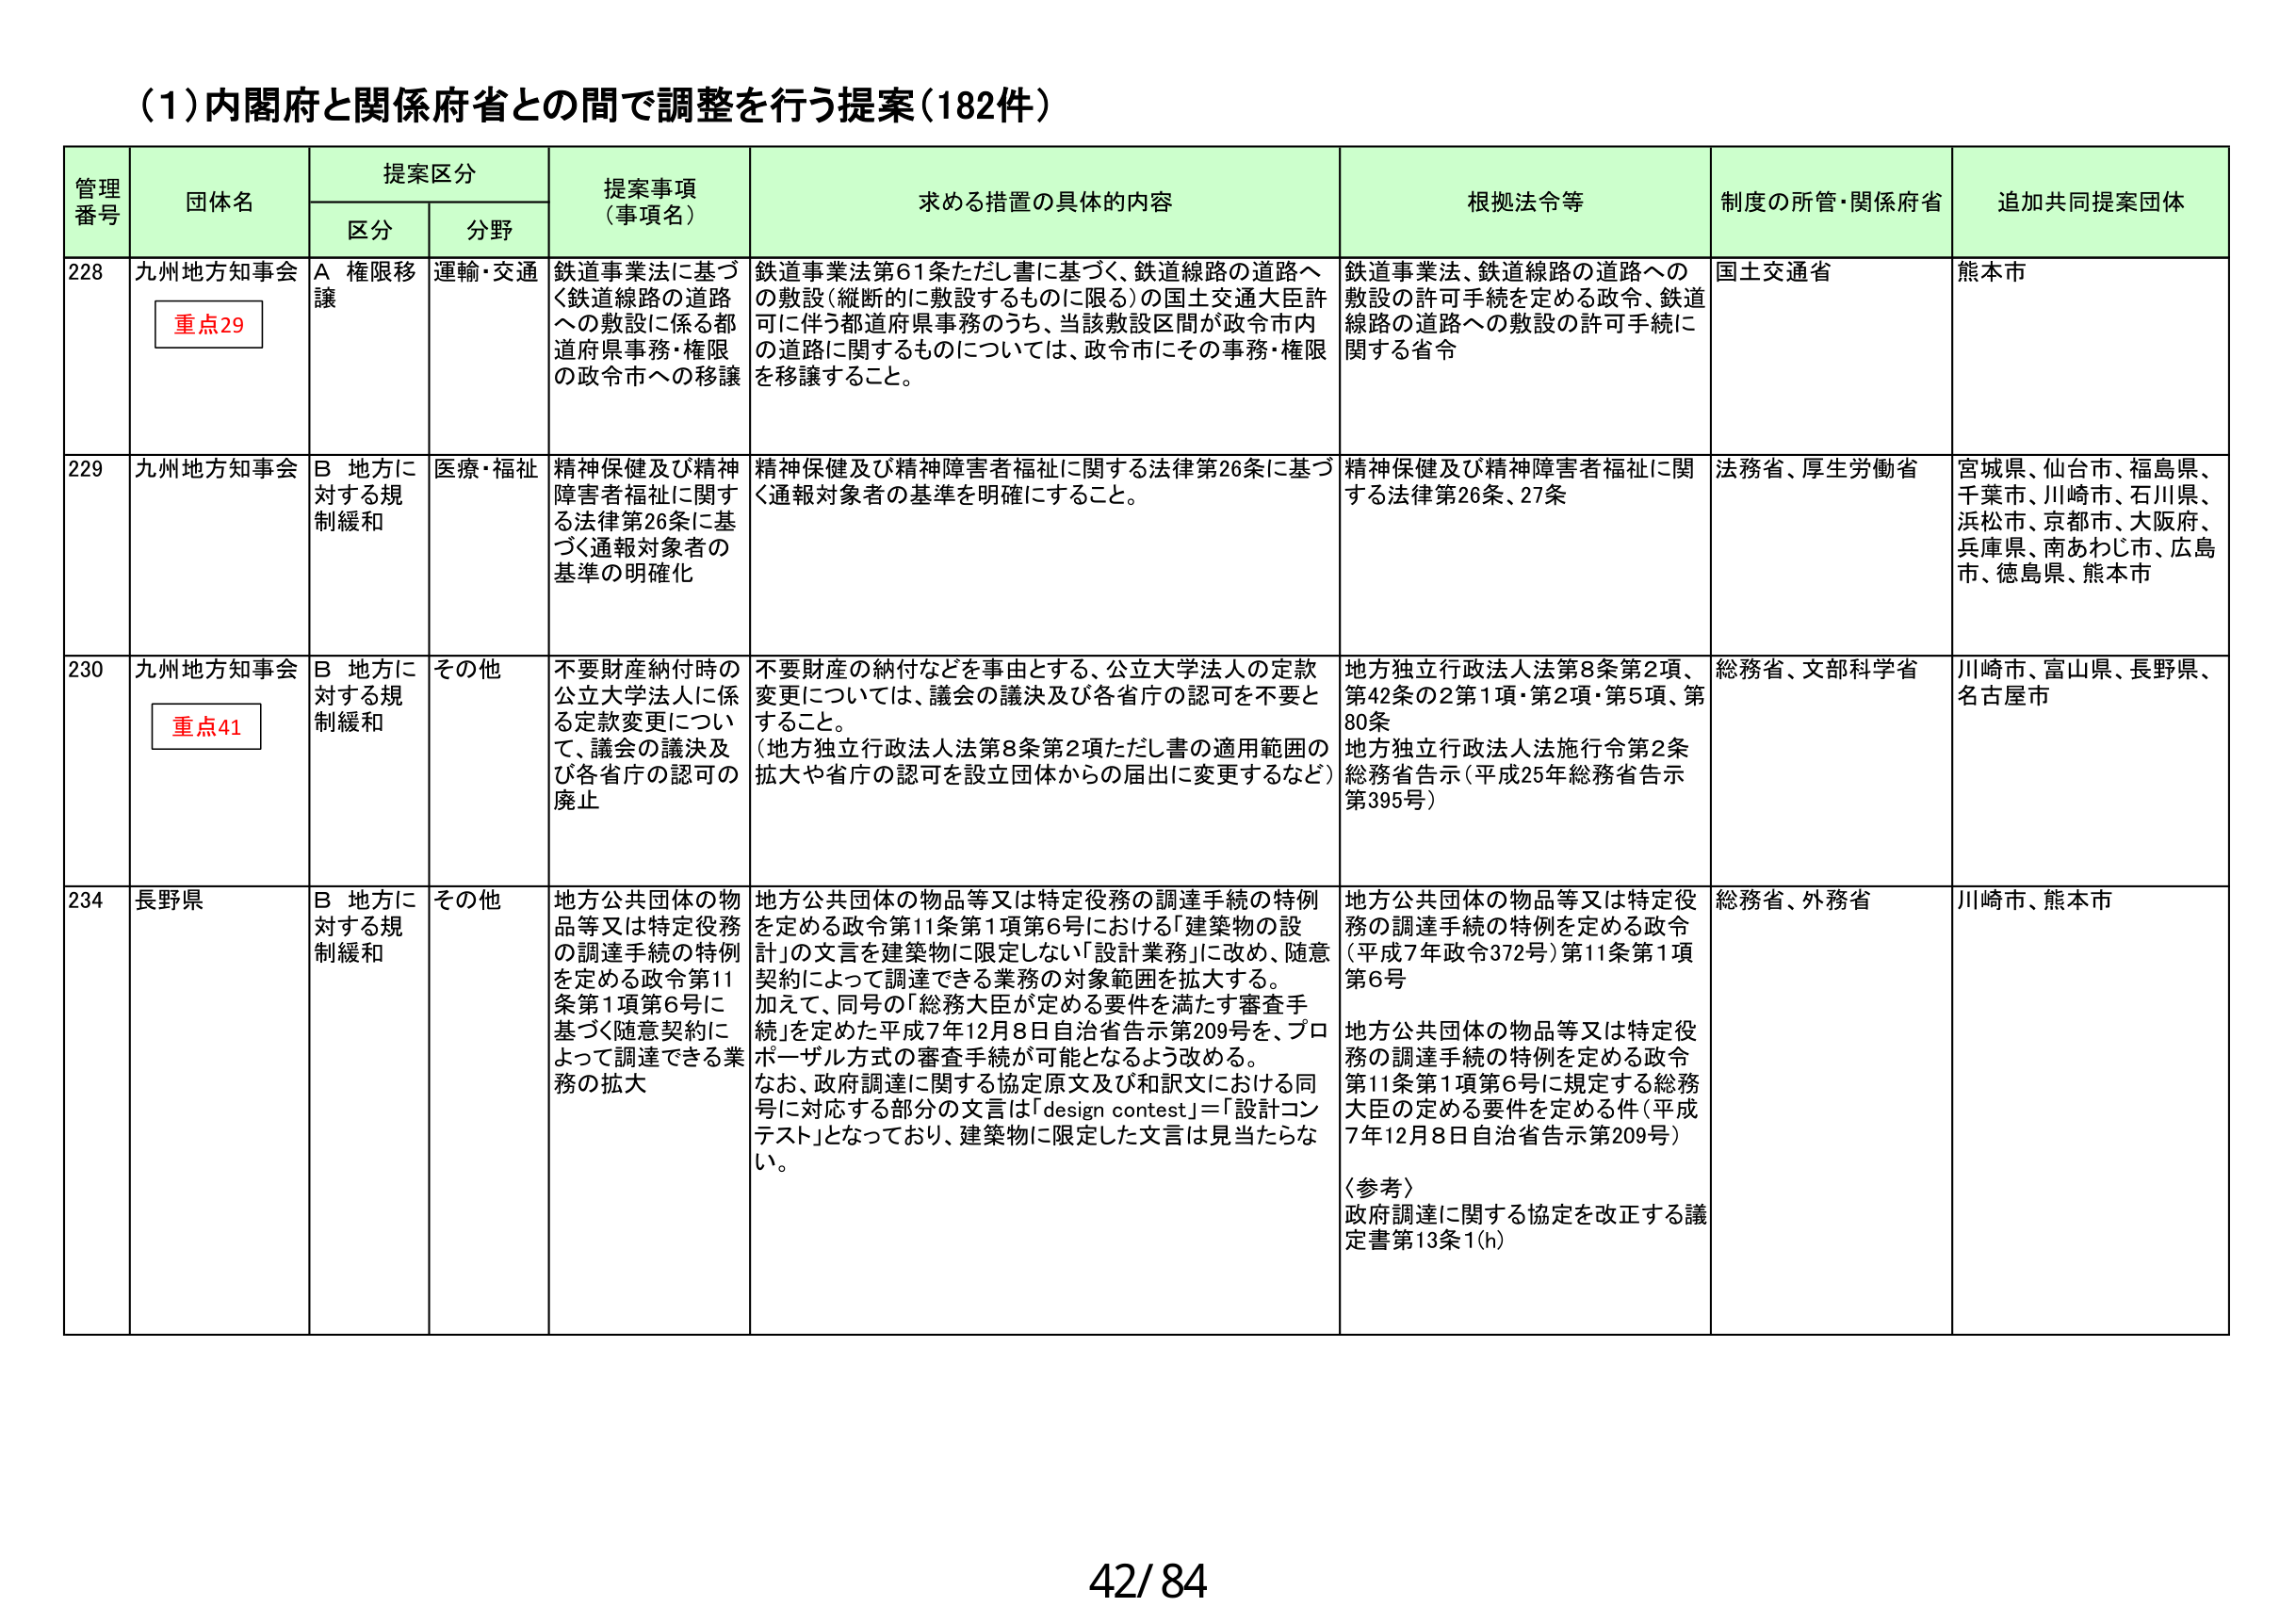
(1)内閣府と関係府省との間で調整を行う提案(182件)

管理番号 団体名 提案区分 提案事項（事項名） 求める措置の具体的内容 根拠法令等 制度の所管・関係府省 追加共同提案団体
区分 分野

228 九州地方知事会 重点29 A 権限移譲 運輸・交通 鉄道事業法に基づく鉄道線路の道路への敷設に係る都道府県事務・権限の政令市への移譲 鉄道事業法第61条ただし書に基づく、鉄道線路の道路への敷設（縦断的に敷設するものに限る）の国土交通大臣許可に伴う都道府県事務のうち、当該敷設区間が政令市内の道路に関するものについては、政令市にその事務・権限を移譲すること。 鉄道事業法、鉄道線路の道路への敷設の許可手続を定める政令、鉄道線路の道路への敷設の許可手続に関する省令 国土交通省 熊本市

229 九州地方知事会 B 地方に対する規制緩和 医療・福祉 精神保健及び精神障害者福祉に関する法律第26条に基づく通報対象者の基準の明確化 精神保健及び精神障害者福祉に関する法律第26条に基づく通報対象者の基準を明確にすること。 精神保健及び精神障害者福祉に関する法律第26条、27条 法務省、厚生労働省 宮城県、仙台市、福島県、千葉市、川崎市、石川県、浜松市、京都市、大阪府、兵庫県、南あわじ市、広島市、徳島県、熊本市

230 九州地方知事会 重点41 B 地方に対する規制緩和 その他 不要財産納付時の公立大学法人に係る定款変更について、議会の議決及び各省庁の認可の廃止 不要財産の納付などを事由とする、公立大学法人の定款変更については、議会の議決及び各省庁の認可を不要とすること。（地方独立行政法人法第8条第2項ただし書の適用範囲の拡大や省庁の認可を設立団体からの届出に変更するなど） 地方独立行政法人法第8条第2項、第42条の2第1項・第2項・第5項、第80条 地方独立行政法人法施行令第2条 総務省告示（平成25年総務省告示第395号） 総務省、文部科学省 川崎市、富山県、長野県、名古屋市

234 長野県 B 地方に対する規制緩和 その他 地方公共団体の物品等又は特定役務の調達手続の特例を定める政令第11条第1項第6号に基づく随意契約によって調達できる業務の拡大 地方公共団体の物品等又は特定役務の調達手続の特例を定める政令第11条第1項第6号における「建築物の設計」の文言を建築物に限定しない「設計業務」に改め、随意契約によって調達できる業務の対象範囲を拡大する。加えて、同号の「総務大臣が定める要件を満たす審査手続」を定めた平成7年12月8日自治省告示第209号を、プロポーザル方式の審査手続が可能となるよう改める。なお、政府調達に関する協定原文及び和訳文における同号に対応する部分の文言は「design contest」＝「設計コンテスト」となっており、建築物に限定した文言は見当たらない。 地方公共団体の物品等又は特定役務の調達手続の特例を定める政令（平成7年政令372号）第11条第1項第6号 地方公共団体の物品等又は特定役務の調達手続の特例を定める政令第11条第1項第6号に規定する総務大臣の定める要件を定める件（平成7年12月8日自治省告示第209号） 〈参考〉政府調達に関する協定を改正する議定書第13条1(h) 総務省、外務省 川崎市、熊本市

42/84